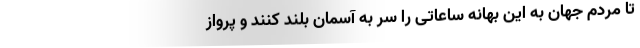
تا مردم جهان به این بهانه ساعاتی را سر به آسمان بلند کنند و پرواز